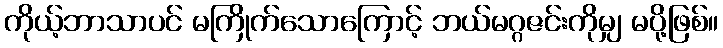
ကိုယ့်ဘာသာပင် မကြိုက်သောကြောင့် ဘယ်မဂ္ဂဇင်းကိုမျှ မပို့ဖြစ်။